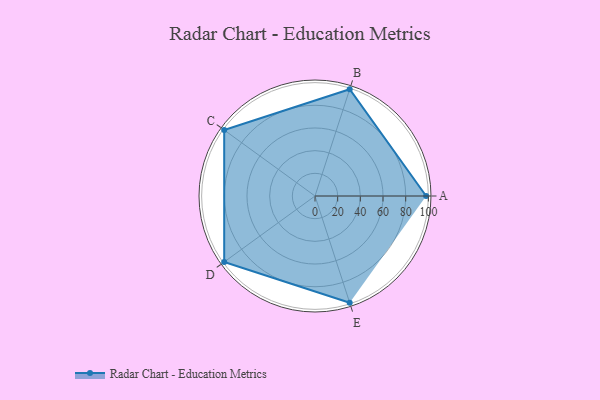
{"axis": {"x": "Skill", "y": "Score"}, "legend": ["Profile"], "data": [{"x": "A", "y": 98.0, "type": "Profile"}, {"x": "B", "y": 99, "type": "Profile"}, {"x": "C", "y": 99, "type": "Profile"}, {"x": "D", "y": 99, "type": "Profile"}, {"x": "E", "y": 99, "type": "Profile"}]}